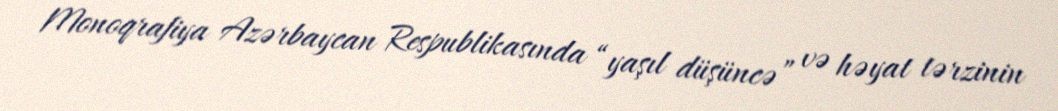
Monoqrafiya Azərbaycan Respublikasında “yaşıl düşüncə” və həyat tərzinin